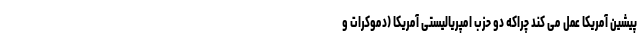
پیشین آمریکا عمل می کند چراکه دو حزب امپریالیستی آمریکا (دموکرات و